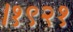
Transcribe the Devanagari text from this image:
।१९२१